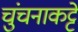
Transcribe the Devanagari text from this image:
चुंचनाकट्टे